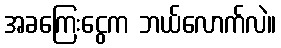
အခကြေးငွေက ဘယ်လောက်လဲ။